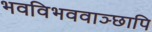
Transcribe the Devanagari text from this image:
भवविभववाञ्छापि